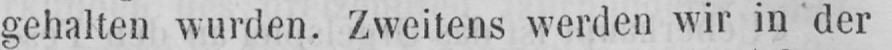
gehalten wurden. Zweitens werden wir in der